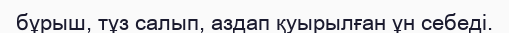
бұрыш, тұз салып, аздап қуырылған ұн себеді.